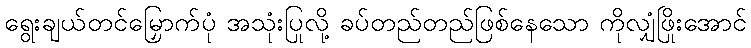
ရွေးချယ်တင်မြှောက်ပုံ အသုံးပြုလို့ ခပ်တည်တည်ဖြစ်နေသော ကိုလျှံဖြိုးအောင်